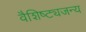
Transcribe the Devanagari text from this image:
वैशिष्ट्यजन्य